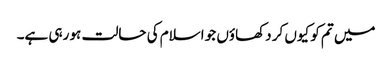
میں تم کو کیوں کر دکھاؤں جو اسلام کی حالت ہو رہی ہے۔